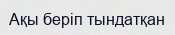
Ақы беріп тындатқан